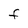
Character: F